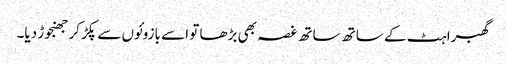
گھبراہٹ کے ساتھ ساتھ غصہ بھی بڑھا تو اسے بازوئوں سے پکڑ کر جھنجوڑ دیا۔